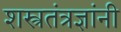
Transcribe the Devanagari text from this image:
शस्त्रतंत्रज्ञांनी